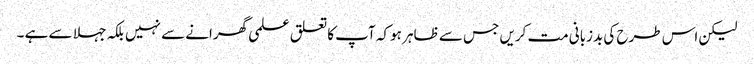
لیکن اس طرح کی بدزبانی مت کریں جس سے ظاہر ہو کہ آپ کا تعلق علمی گھرانے سے نہیں بلکہ جہلا سے ہے ۔